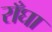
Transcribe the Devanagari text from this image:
राँघा